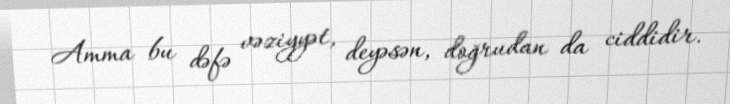
Amma bu dəfə vəziyyət, deyəsən, doğrudan da ciddidir.